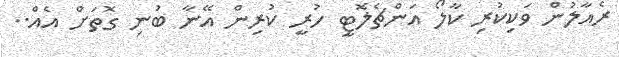
ރެއާލުން ވަކިކުރި ކާލޯ އަންޗެލޮޓީ ހުރީ ކުރިން އޭނާ ބުނި ގޮތަށް އެއް..